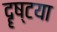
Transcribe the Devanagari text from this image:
दॄष्टया